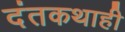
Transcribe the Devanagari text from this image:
दंतकथाही